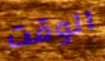
الوقت